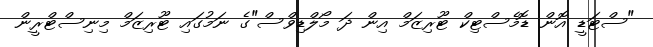
"ސްޓަޑީ އޮން ޑޮމެސްޓިކް ޓޫރިޒަމް އިން ދަ މޯލްޑިވްސް"ގެ ނަމުގައި ޓޫރިޒަމް މިނިސްޓްރީން